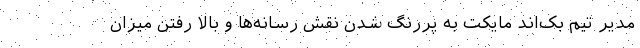
مدیر تیم بک‌اند مایکت به پررنگ شدن نقش رسانه‌ها و بالا رفتن میزان